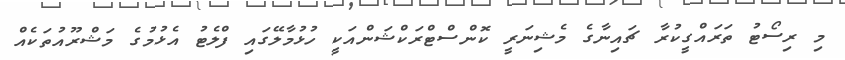
މި ރިސޯޓު ތަރައްގީކުރާ ޗައިނާގެ މެޝިނަރީ ކޮންސްޓްރަކްޝަންއަކީ ހުޅުމާލޭގައި ފްލެޓު އެޅުމުގެ މަޝްރޫއުތަކެއް